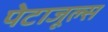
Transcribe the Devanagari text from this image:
पेटाजूल्स